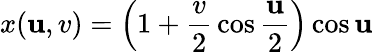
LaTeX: x(\mathbf{u},v)=\left(1+{\frac{{v}}{{2}}}\cos{\frac{{\mathbf{u}}}{{2}}}\right)\cos\mathbf{u}